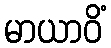
မာယာဝိံ